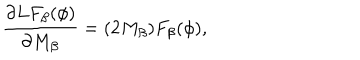
\frac { \partial L F _ { \beta } ( \phi ) } { \partial M _ { \beta } } = ( 2 M _ { \beta } ) F _ { \beta } ( \phi ) ,